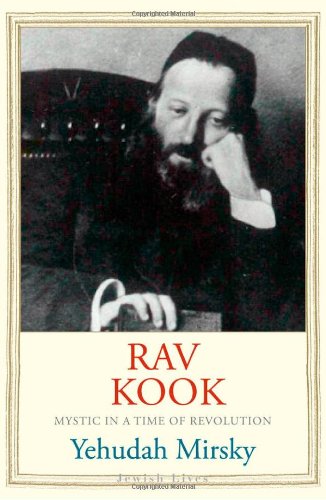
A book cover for Rav Kook: Mystic in a Time of Revolution (Jewish Lives); Yehudah Mirsky; Religion & Spirituality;